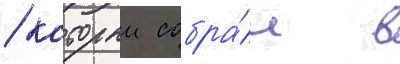
/ которыи собра́л в